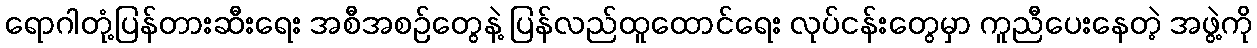
ရောဂါတုံ့ပြန်တားဆီးရေး အစီအစဉ်တွေနဲ့ ပြန်လည်ထူထောင်ရေး လုပ်ငန်းတွေမှာ ကူညီပေးနေတဲ့ အဖွဲ့ကို